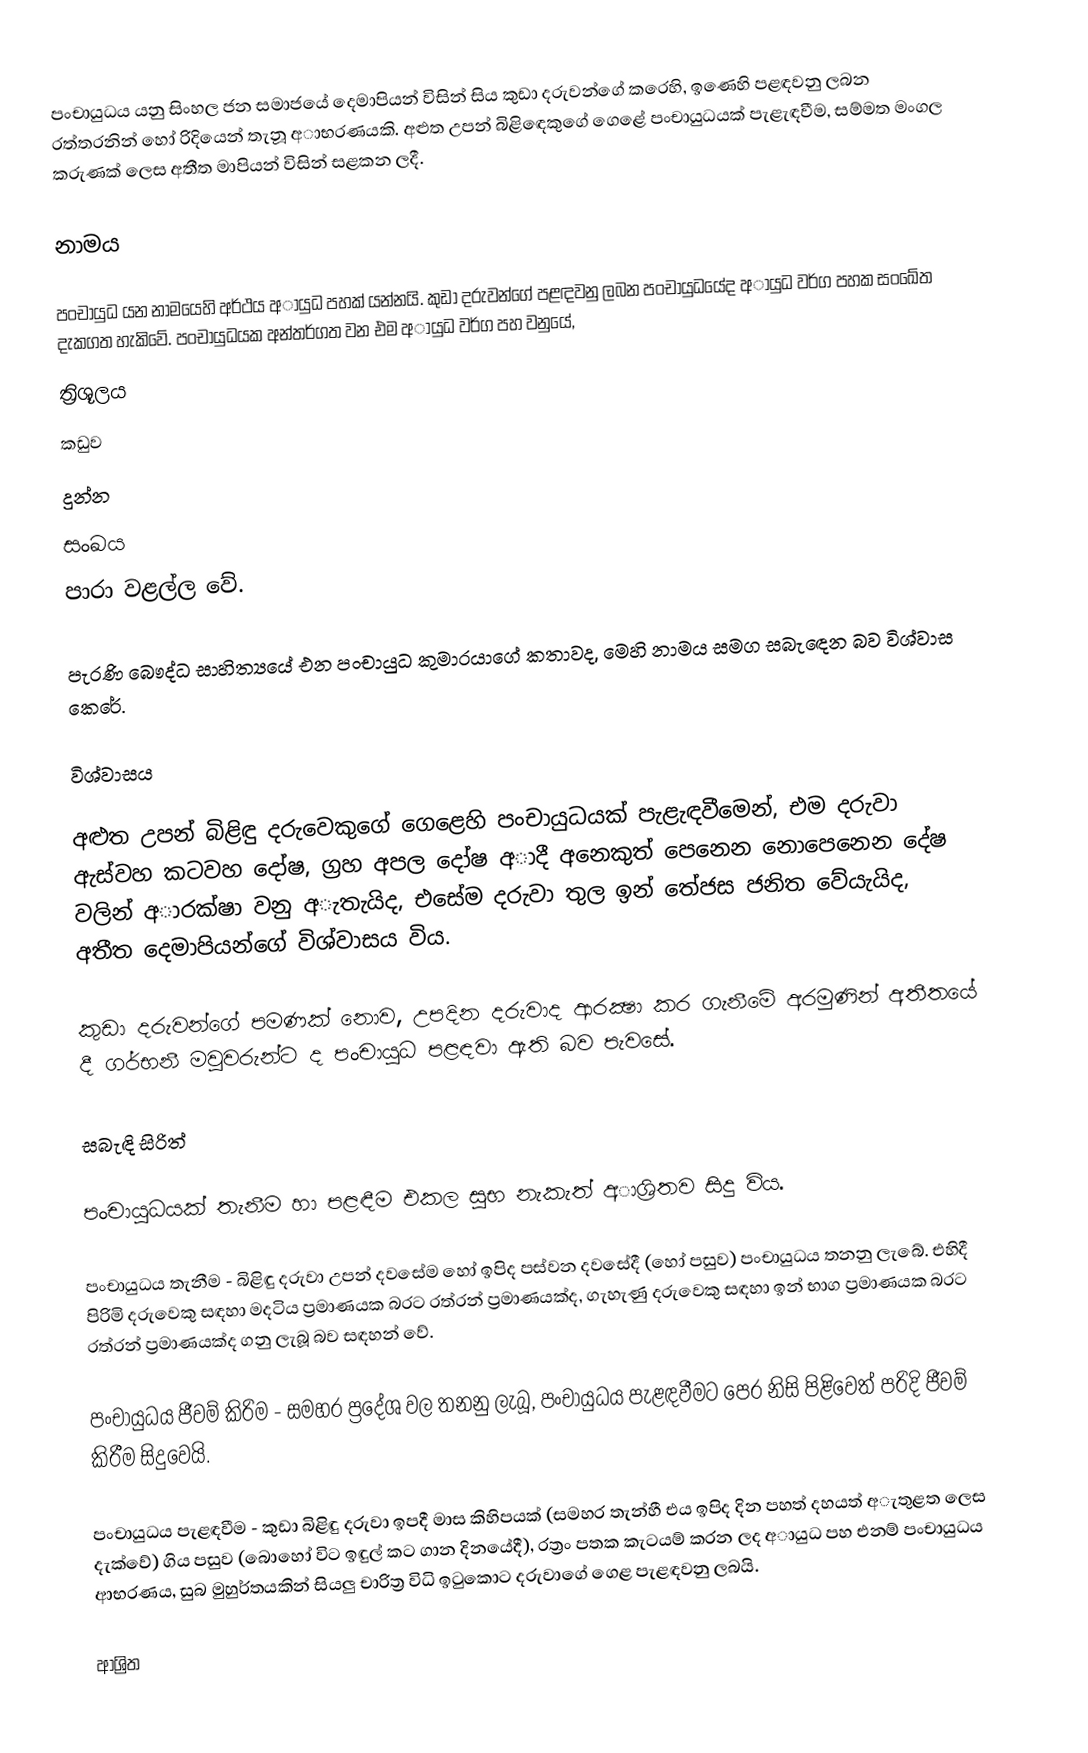
පංචායුධය යනු සිංහල ජන සමාජයේ දෙමාපියන් විසින් සිය කුඩා දරුවන්ගේ කරෙහි, ඉණෙහි පළඳවනු ලබන රත්තරනින් හෝ රිදියෙන් තැනූ අාභරණයකි.  අළුත උපන් බිළිඳෙකුගේ ගෙළේ පංචායුධයක් පැළැඳවීම, සම්මත මංගල කරුණක්‌ ලෙස අතීත මාපියන් විසින් සළකන ලදී.

නාමය

පංචායුධ යන නාමයෙහි අර්ථය අායුධ පහක් යන්නයි. කුඩා දරුවන්ගේ පළඳවනු ලබන පංචායුධයේද අායුධ වර්ග පහක සංඛේත දැකගත හැකිවේ. පංචායුධයක අන්තර්ගත වන එම අායුධ වර්ග පහ වනුයේ,
ත්‍රිශූලය
කඩුව
දුන්න
සංඛය
පාරා වළල්ල වේ.

පැරණි බෞද්ධ සාහිත්‍යයේ එන පංචායුධ කුමාරයාගේ කතාවද, මෙහි නාමය සමග සබැඳෙන බව විශ්වාස කෙරේ.

විශ්වාසය

අළුත උපන් බිළිඳු දරුවෙකුගේ ගෙළෙහි පංචායුධයක් පැළැඳවීමෙන්, එම දරුවා ඇස්‌වහ කටවහ දෝෂ, ග්‍රහ අපල දෝෂ අාදී අනෙකුත් පෙනෙන නොපෙනෙන දේෂ වලින් අාරක්ෂා වනු අැතැයිද, එසේම දරුවා තුල ඉන් තේජස ජනිත වේයැයිද, අතීත දෙමාපියන්ගේ විශ්වාසය විය.

කුඩා දරුවන්ගේ පමණක් නොව, උපදින දරුවාද ආරක්‍ෂා කර ගැනීමේ අරමුණින් අතීතයේ දී ගර්භනී මවුවරුන්ට ද පංචායුධ පළඳවා ඇති බව පැවසේ.

සබැඳි සිරිත්

පංචායුධයක් තැනීම හා  පළඳීම එකල සුභ නැකැත් අාශ්‍රිතව සිදු විය.

පංචායුධය තැනීම - බිළිඳු දරුවා උපන් දවසේම හෝ ඉපිද පස්‌වන දවසේදී (හෝ පසුව) පංචායුධය තනනු ලැබේ. එහිදී පිරිමි දරුවෙකු සඳහා මදටිය ප්‍රමාණයක බරට රත්රන් ප්‍රමාණයක්ද, ගැහැණු දරුවෙකු සඳහා ඉන් භාග ප්‍රමාණයක බරට රත්රන් ප්‍රමාණයක්ද ගනු ලැබූ බව සඳහන් වේ.

පංචායුධය ජීවම් කිරිම - සමහර ප්‍රදේශ වල තනනු ලැබූ, පංචායුධය පැළඳවීමට පෙර නිසි පිළිවෙත් පරිදි ජීවම් කිරීම සිදුවෙයි.

පංචායුධය පැළඳවීම - කුඩා බිළිඳු දරුවා ඉපදී මාස කිහිපයක් (සමහර තැන්හී එය ඉපිද දින පහත් දහයත් අැතුළත ලෙස දැක්වේ) ගිය පසුව (බොහෝ විට ඉඳුල් කට ගාන දිනයේදී), රත්‍රං පතක කැටයම් කරන ලද අායුධ පහ එනම් පංචායුධය ආභරණය, සුබ මුහුර්තයකින් සියලු චාරිත්‍ර විධි ඉටුකොට දරුවාගේ ගෙළ පැළඳවනු ලබයි.

ආශ්‍රිත